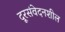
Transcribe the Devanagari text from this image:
दूरसंवेदनशील